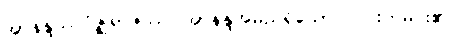
အာနန္ဒဿဂိဇ္ဈရာဇဿ၊ အာနန္ဒအမည်ရှိသော လင်းတမင်း၏။